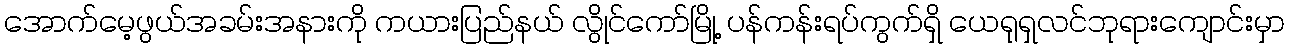
အောက်မေ့ဖွယ်အခမ်းအနားကို ကယားပြည်နယ် လွိုင်ကော်မြို့ ပန်ကန်းရပ်ကွက်ရှိ ယေရုရှလင်ဘုရားကျောင်းမှာ